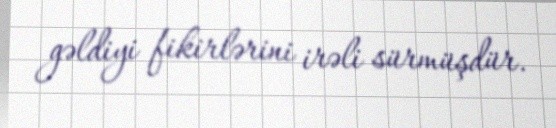
gəldiyi fikirlərini irəli sürmüşdür.